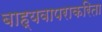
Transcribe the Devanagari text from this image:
बाह्यवापराकरिता